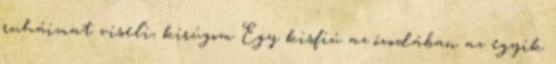
ruháimat viseli, kirúgom Egy kisfiú az óvodában az egyik